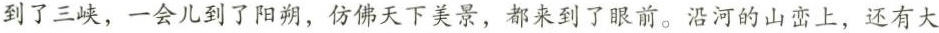
到了三峡，一会儿到了阳朔，仿佛天下美景，都来到了眼前。沿河的山峦上，还有大